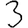
Digit: 3